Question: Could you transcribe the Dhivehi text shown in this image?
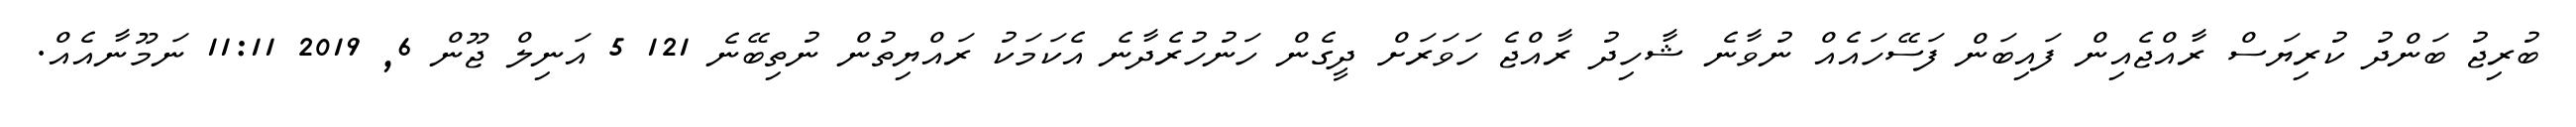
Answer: ބުރިޖު ބަންދު ކުރިޔަސް ރާއްޖެއިން ފައިބަން ފަސޭހައެއް ނުވާނެ ޝާހިދު ރާއްޖެ ހަވަރަށް ދީގެން ހަނުހުރެދާނެ އެކަމަކު ރައްޔިތުން ނުތިބޭނެ 121 5 އަނިލް ޖޫން 6, 2019 11:11 ނަމޫނާއެއް.